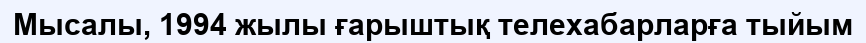
Мысалы, 1994 жылы ғарыштық телехабарларға тыйым